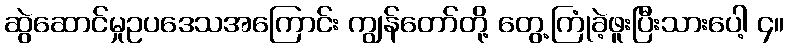
ဆွဲဆောင်မှုဥပဒေသအကြောင်း ကျွန်တော်တို့ တွေ့ကြုံခဲ့ဖူးပြီးသားပေါ့ ၄။